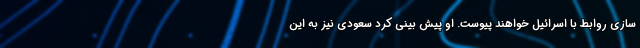
سازی روابط با اسرائیل خواهند پیوست. او پیش بینی کرد سعودی نیز به این